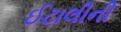
ઈટાલીની